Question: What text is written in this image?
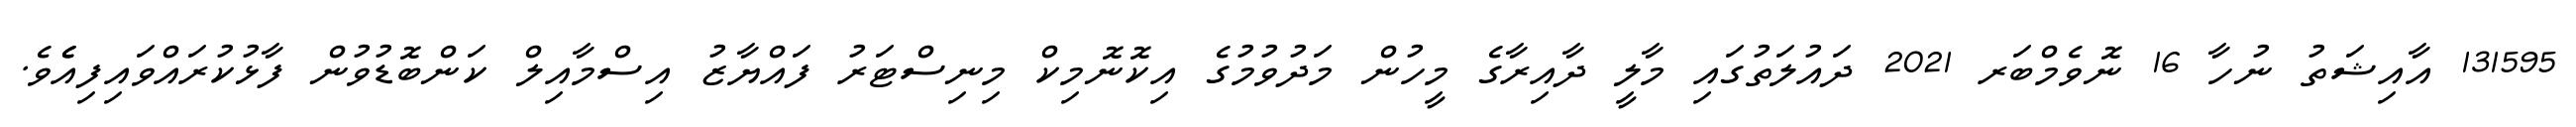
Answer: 131595 އާއިޝަތު ނުހާ 16 ނޮވެމްބަރ 2021 ދައުލަތުގައި މާލީ ދާއިރާގެ މީހުން މަދުވުމުގެ އިކޮނޮމިކް މިނިސްޓަރު ފައްޔާޒު އިސްމާއިލް ކަންބޮޑުވުން ފާޅުކުރައްވައިފިއެެވެ.